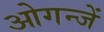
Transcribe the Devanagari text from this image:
ओगन्जें